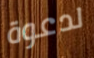
لدعوة